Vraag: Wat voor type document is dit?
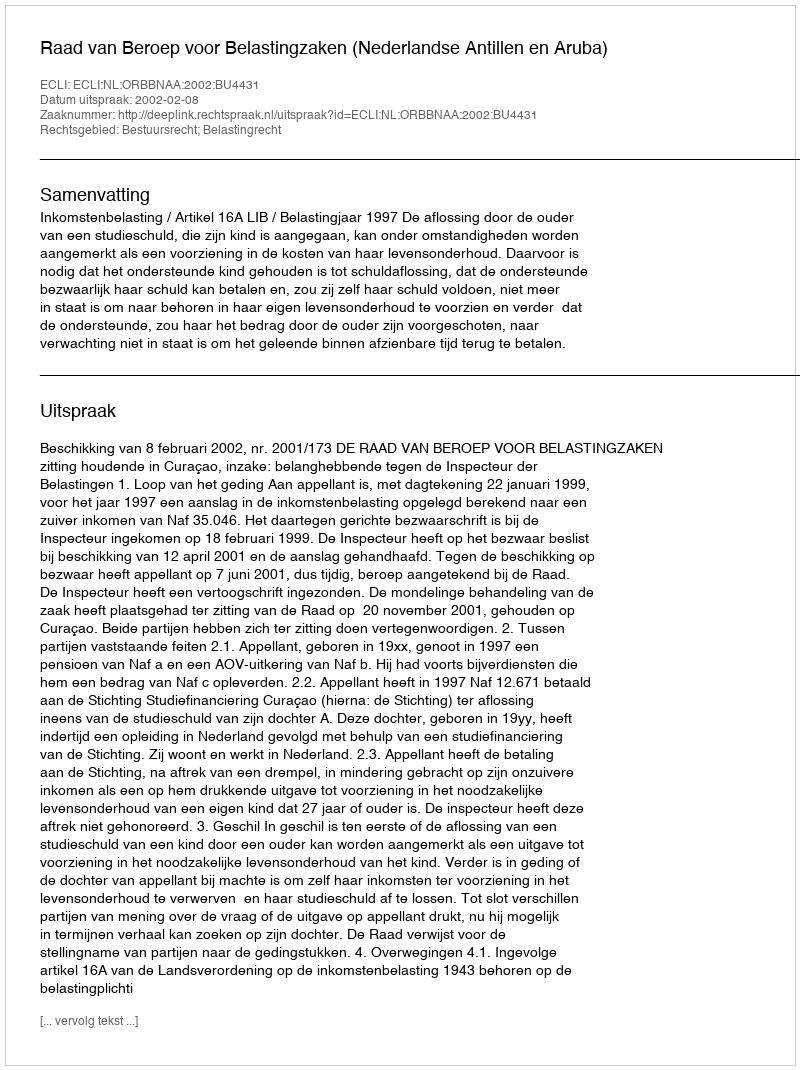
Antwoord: Uitspraak